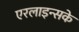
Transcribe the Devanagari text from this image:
एरलाइन्सके